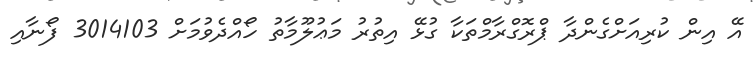
އޭ އިން ކުރިއަށްގެންދާ ޕްރޮގްރާމްތަކާ ގުޅޭ އިތުރު މަޢުލޫމާތު ހޯއްދެވުމަށް 3014103 ފޯނާއި